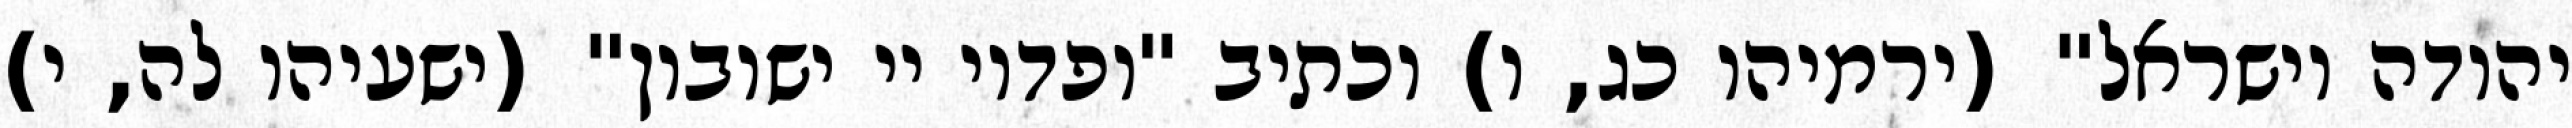
יהודה וישראל" (ירמיהו כג, ו) וכתיב "ופדוי יי ישובון" (ישעיהו לה, י)